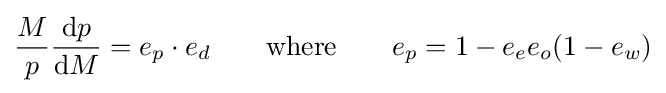
{\frac {M}{p}}{\frac {{\textrm {d}}p}{{\textrm {d}}M}}=e_{p}\cdot e_{d}\qquad {\textrm {where}}\qquad e_{p}=1-e_{e}e_{o}(1-e_{w})